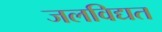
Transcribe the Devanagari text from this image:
जलविद्यत